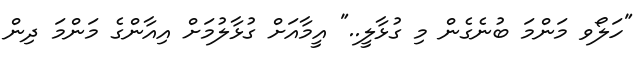
"ހަލޯވ މަންމަ ބުނެގެން މި ގުޅާލީ.." އީމާއަށް ގުޅާލުމަށް އިއާންގެ މަންމަ ދިން